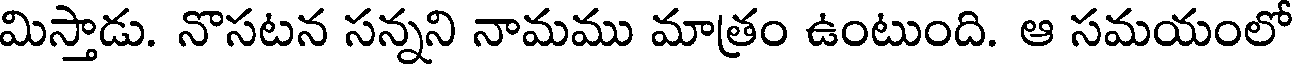
మిస్తాడు. నొసటన సన్నని నామము మాత్రం ఉంటుంది. ఆ సమయంలో